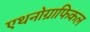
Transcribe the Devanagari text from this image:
एथनोग्राफिकल